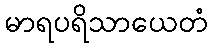
မာရပရိသာယေတံ